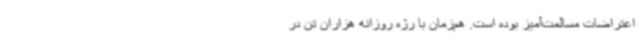
اعتراضات مسالمت‌آمیز بوده است. هم‌زمان با رژه روزانه هزاران تن در